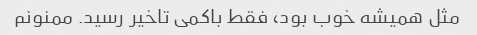
مثل همیشه خوب بود، فقط باکمی تاخیر رسید. ممنونم